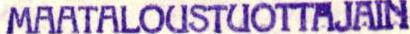
MAATALOUSTUOTTAJAIN